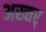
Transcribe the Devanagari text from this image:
अख्तर्